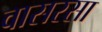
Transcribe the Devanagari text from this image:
वासरसा